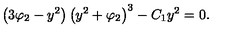
\left( 3 \varphi _ { 2 } - y ^ { 2 } \right) \left( y ^ { 2 } + \varphi _ { 2 } \right) ^ { 3 } - C _ { 1 } y ^ { 2 } = 0 .